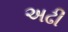
અઢી